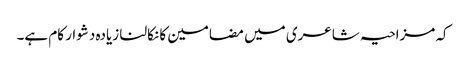
کہ مزاحیہ شاعری میں مضامین کا نکالنا زیادہ دشوار کام ہے۔